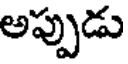
అప్పుడు